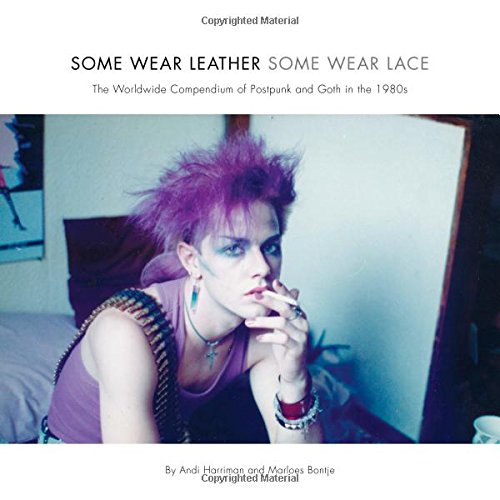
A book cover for Some Wear Leather, Some Wear Lace: The Worldwide Compendium of Postpunk and Goth in the 1980s; Andi Harriman; Arts & Photography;